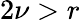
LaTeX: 2\nu>r